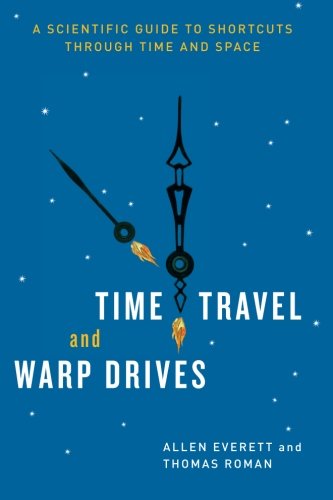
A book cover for Time Travel and Warp Drives: A Scientific Guide to Shortcuts through Time and Space; Allen Everett; Science & Math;